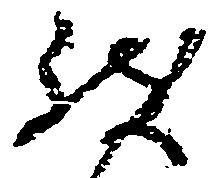
致